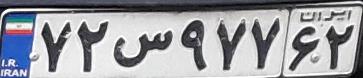
۷۲س۹۷۷۶۲